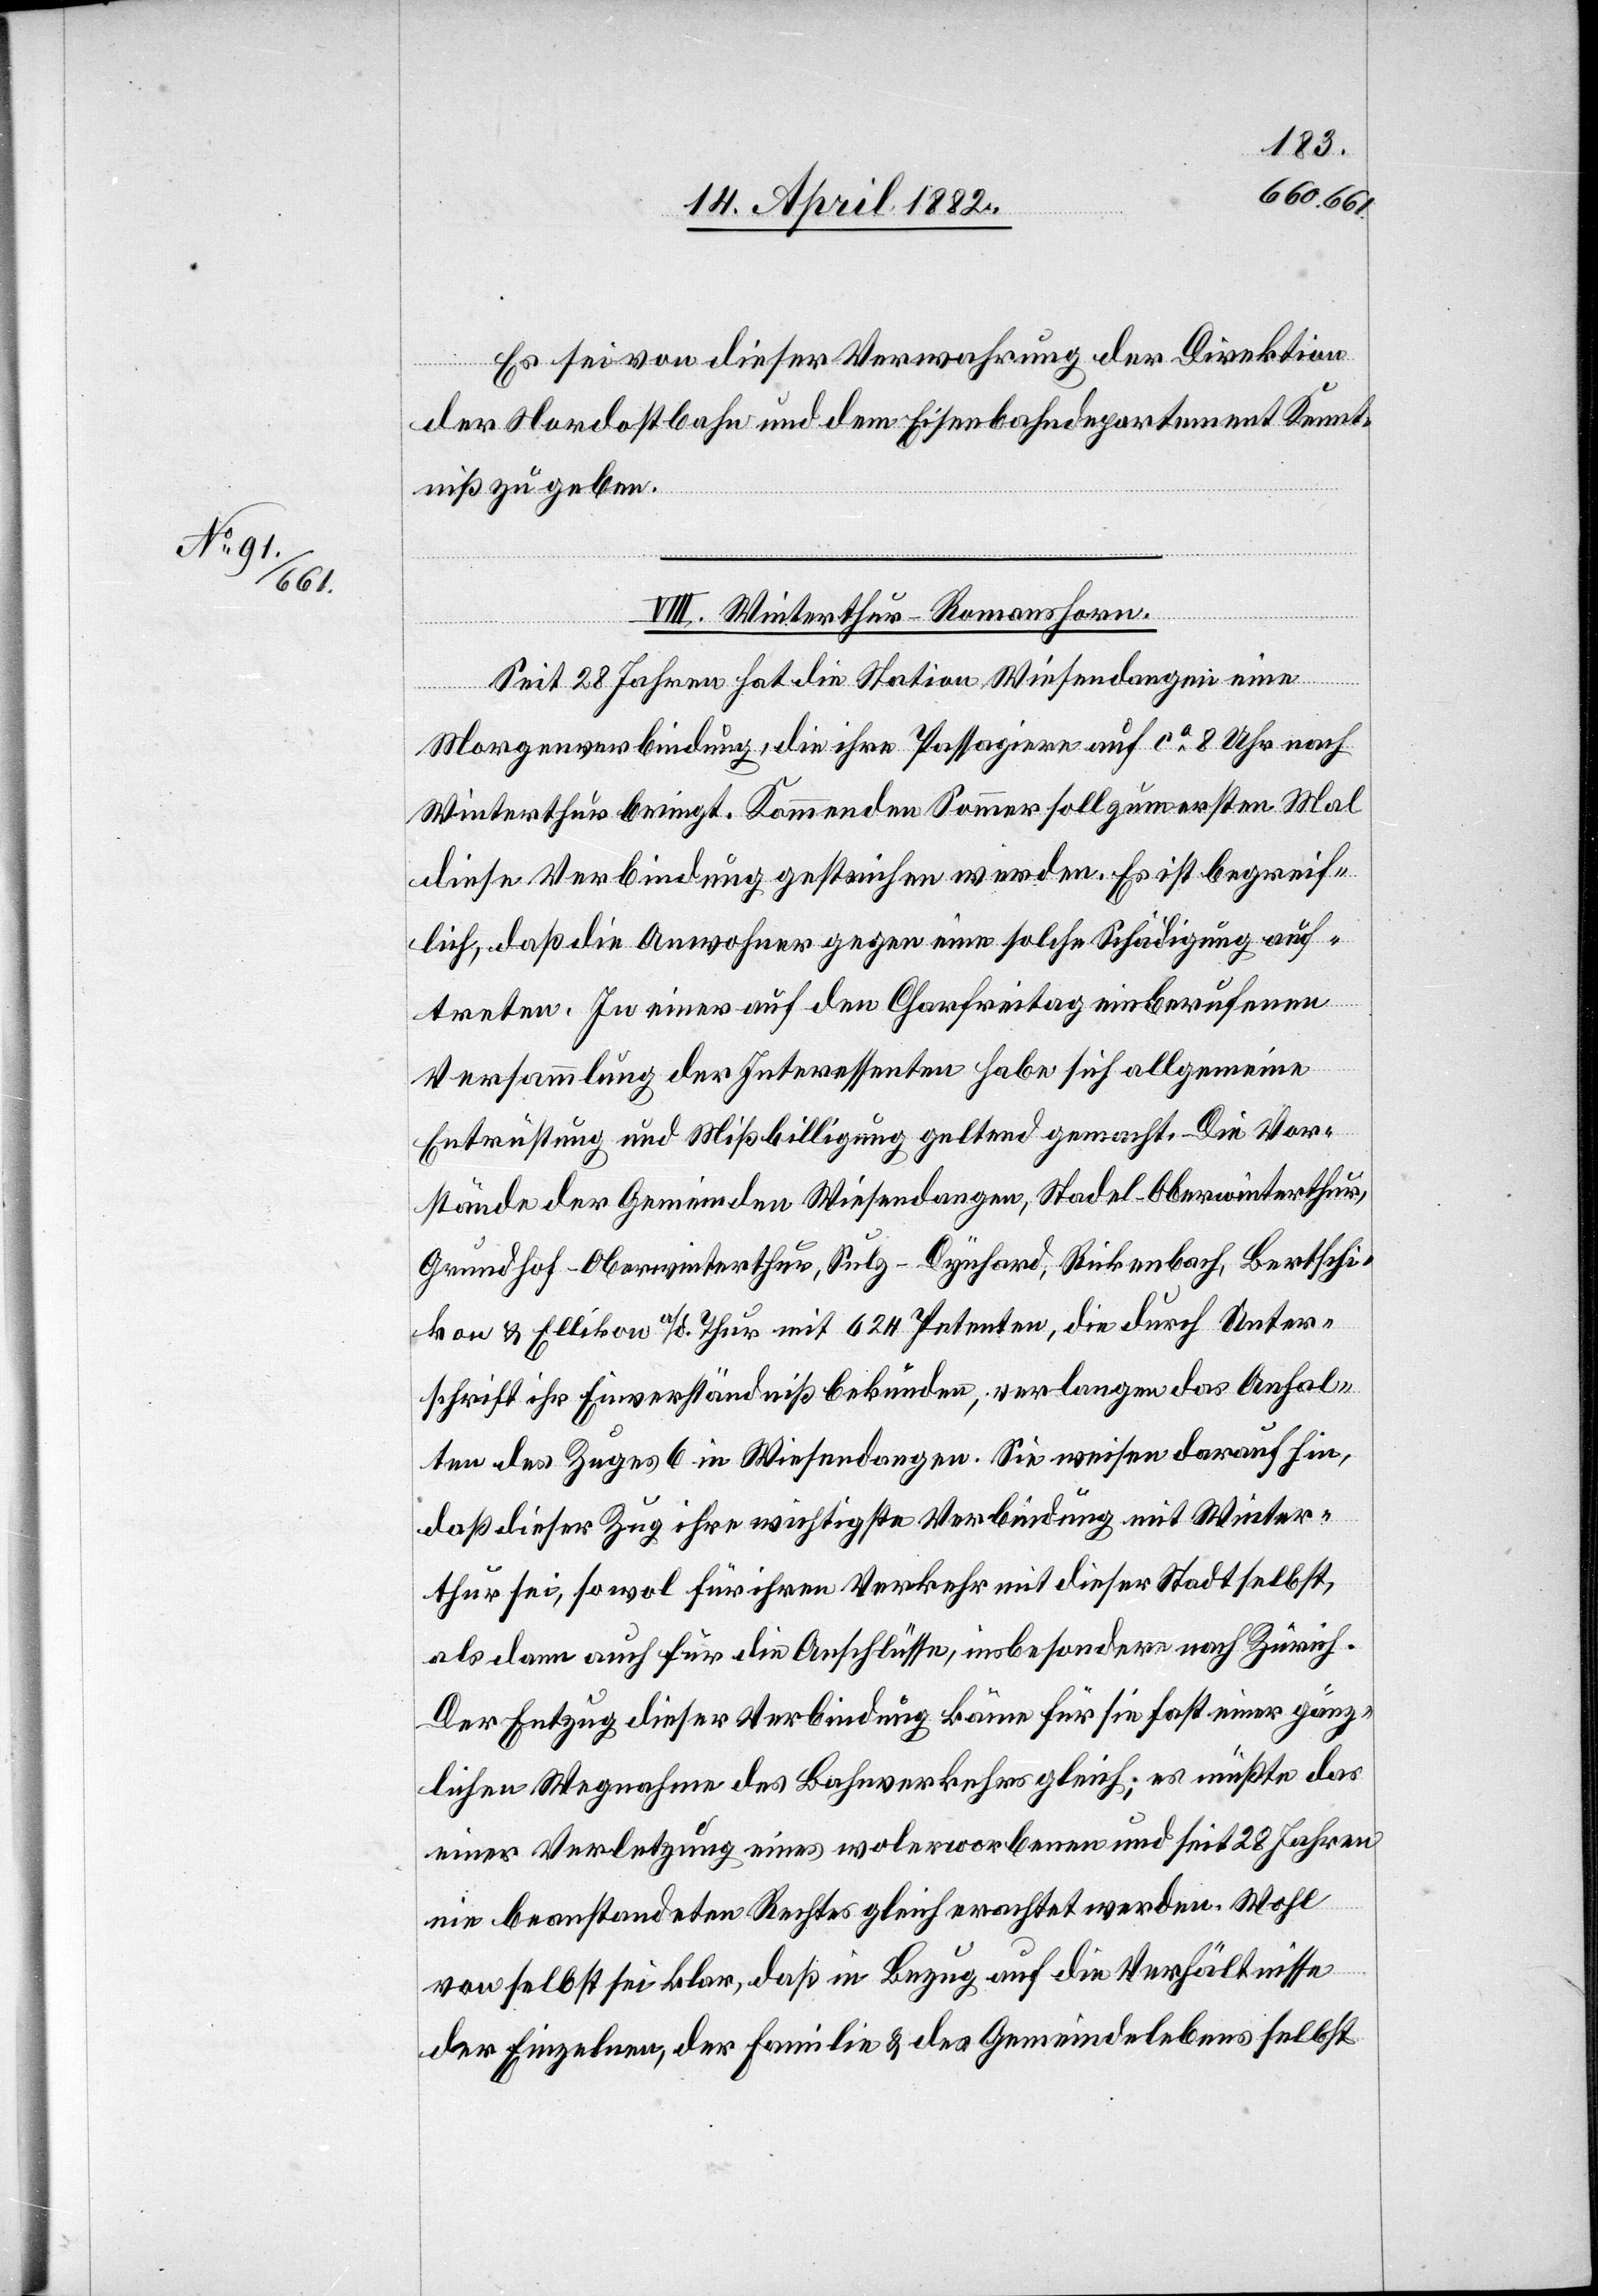
Es sei von dieser Verwahrung der Direktion
der Nordostbahn und dem Eisenbahndepartement Kennt¬
niß zu geben.
VIII. Winterthur–Romanshorn.
Seit 28 Jahren hat die Station Wiesendangen eine
Morgenverbindung, die ihre Passagiere auf ca 8 Uhr nach
Winterthur bringt. Kommenden Sommer soll zum ersten Mal
diese Verbindung gestrichen werden. Es ist begreif¬
lich, daß die Anwohner gegen eine solche Schädigung auf¬
treten. In einer auf den Charfreitag einberufenen
Versammlung der Interessenten habe sich allgemeine
Entrüstung und Mißbilligung geltend gemacht. Die Vor¬
stände der Gemeinden Wiesendangen, Stadel - Oberwinterthur,
Grundhof - Oberwinterthur, Sulz - Dynhard, Rickenbach, Bertschi¬
kon & Ellikon a/d. Thur mit 624 Petenten, die durch Unter¬
schrift ihr Einverständniß bekünden, verlangen das Anhal¬
ten des Zuges 6 in Wiesendangen. Sie weisen darauf hin,
daß dieser Zug ihre wichtigste Verbindung mit Winter¬
thur sei, sowol für ihren Verkehr mit dieser Stadt selbst,
als dann auch für die Anschlüsse, insbesondere nach Zürich.
Der Entzug dieser Verbindung käme für sie fast einer gänz¬
lichen Wegnahme des Bahnverkehrs gleich; es müßte das
einer Verletzung eines wolerworbenen und seit 28 Jahren
nie beanstandeten Rechtes gleich erachtet werden. Wohl
von selbst sei klar, daß in Bezug auf die Verhältnisse
der Einzelnen, der Familie & des Gemeindelebens selbst